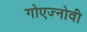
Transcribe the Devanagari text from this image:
गोएज्नोवी